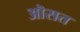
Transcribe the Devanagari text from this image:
ऒसत